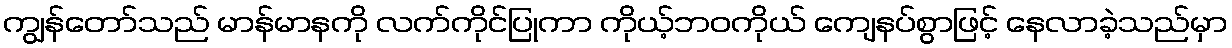
ကျွန်တော်သည် မာန်မာနကို လက်ကိုင်ပြုကာ ကိုယ့်ဘဝကိုယ် ကျေနပ်စွာဖြင့် နေလာခဲ့သည်မှာ